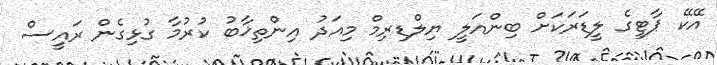
އޭކޭ ޕާޓީގެ ލީޑަރަކަށް ބިންއަލީ ޔިލްޑިރިމް މިއަދު އިންތިޚާބު ކުރުމާ ގުޅިގެން ރައީސް